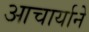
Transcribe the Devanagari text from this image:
आचार्याने